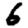
Digit: 6